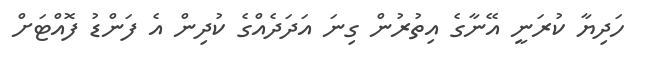
ހަދިޔާ ކުރަނީ އޭނާގެ އިތުރުން ގިނަ އަދަދެއްގެ ކުދިން އެ ފަންޑު ފޮއްޓަށް